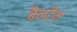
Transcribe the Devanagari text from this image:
बैनटैम